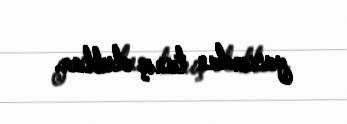
yaxından tanış olublar.